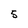
Character: 5